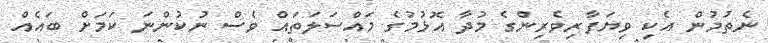
ނެތުމުން އެކި ވިޔަފާރިވެރިންގެ މުދާ އޮޅުމުގެ މައްސަލަތައް ވެސް ނުކުންނަ ކަމަށް ބައެއް